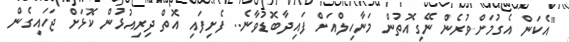
"އެކަން އެގުމަށްވުރެން ނޭގިއޮތުން މަނާހިލްއަށް ފައިދާބޮޑުވާނެ.. ފެށިފައި އޮތް ދިރިއުޅުން ކޮޅަށް ޖަހައިގެން